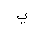
Letter: _ya